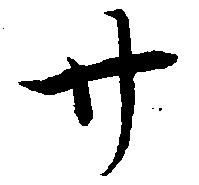
廿